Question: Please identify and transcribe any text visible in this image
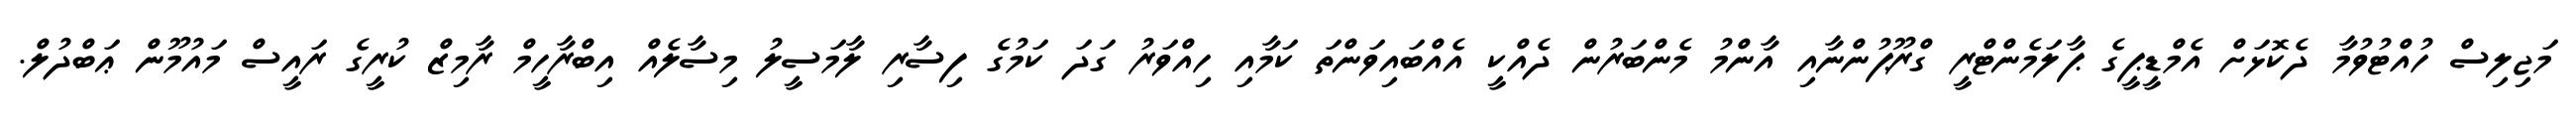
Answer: މަޖިލިސް ހުއްޓުވުމާ ދެކޮޅަށް އެމްޑީޕީގެ ޕާލަމެންޓްރީ ގްރޫޕުންނާއި އާންމު މެންބަރުން ދެއްކީ އެއްބައިވަންތަ ކަމާއި ހިއްވަރު ގަދަ ކަމުގެ ފިސާރި ލާމަސީލު މިސާލެއް އިބްރާހީމް ރާމިޒް ކުރީގެ ރައީސް މައުމޫން ޢަބްދުލް.